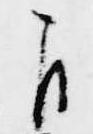
自